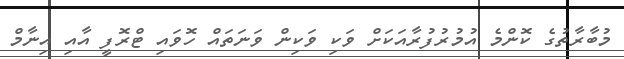
މުބާރާތުގެ ކޮންމެ އުމުރުފުރާއަކަށް ވަކި ވަކިން ވަނަތައް ހޮވައި ޓްރޮފީ އާއި އިނާމް